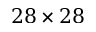
2 8 \times 2 8